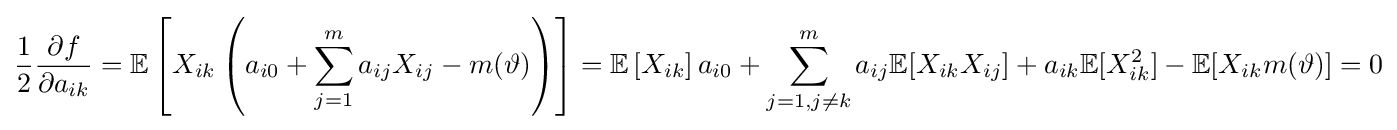
{\frac {1}{2}}{\frac {\partial f}{\partial a_{ik}}}=\mathbb {E} \left[X_{ik}\left(a_{i0}+\sum _{j=1}^{m}a_{ij}X_{ij}-m(\vartheta )\right)\right]=\mathbb {E} \left[X_{ik}\right]a_{i0}+\sum _{j=1,j\neq k}^{m}a_{ij}\mathbb {E} [X_{ik}X_{ij}]+a_{ik}\mathbb {E} [X_{ik}^{2}]-\mathbb {E} [X_{ik}m(\vartheta )]=0